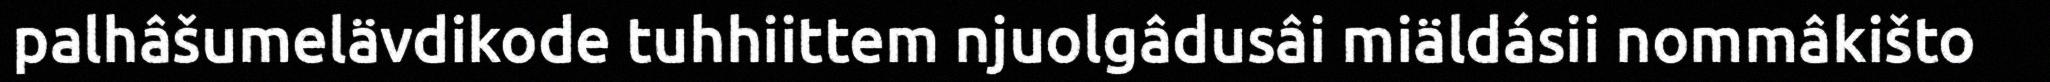
palhâšumelävdikode tuhhiittem njuolgâdusâi miäldásii nommâkišto